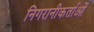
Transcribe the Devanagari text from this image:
निगरानीकर्ताओं